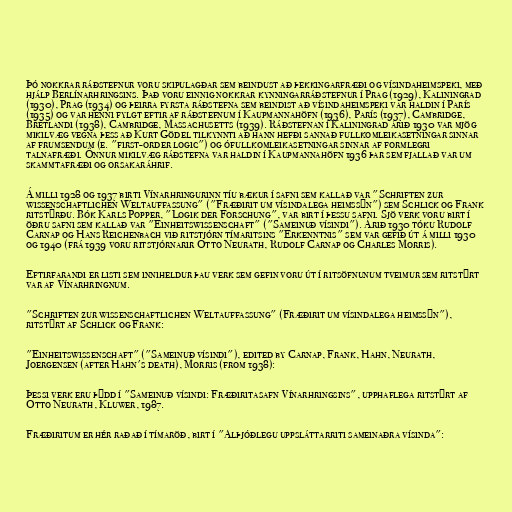
Þó nokkrar ráðstefnur voru skipulagðar sem beindust að þekkingarfræði og vísindaheimspeki, með
hjálp Berlínarhringsins. Það voru einnig nokkrar kynningarráðstefnur í Prag (1929), Kaliningrad
(1930), Prag (1934) og þeirra fyrsta ráðstefna sem beindist að vísindaheimspeki var haldin í París
(1935) og var henni fylgt eftir af ráðstefnum í Kaupmannahöfn (1936), París (1937), Cambridge,
Bretlandi (1938), Cambridge, Massachusetts (1939). Ráðstefnan í Kaliningrad árið 1930 var mjög
mikilvæg vegna þess að Kurt Gödel tilkynnti að hann hefði sannað fullkomleikasetningar sinnar
af frumsendum (e. "first-order logic") og ófullkomleikasetningar sinnar af formlegri
talnafræði. Önnur mikilvæg ráðstefna var haldin í Kaupmannahöfn 1936 þar sem fjallað var um
skammtafræði og orsakaráhrif.

Á milli 1928 og 1937 birti Vínarhringurinn tíu bækur í safni sem kallað var "Schriften zur
wissenschaftlichen Weltauffassung" ("Fræðirit um vísindalega heimssýn") sem Schlick og Frank
ritstýrðu. Bók Karls Popper, "Logik der Forschung", var birt í þessu safni. Sjö verk voru birt í
öðru safni sem kallað var "Einheitswissenschaft" ("Sameinuð vísindi"). Árið 1930 tóku Rudolf
Carnap og Hans Reichenbach við ritstjórn tímaritsins "Erkenntnis" sem var gefið út á milli 1930
og 1940 (frá 1939 voru ritstjórnarir Otto Neurath, Rudolf Carnap og Charles Morris).

Eftirfarandi er listi sem inniheldur þau verk sem gefin voru út í ritsöfnunum tveimur sem ritstýrt
var af Vínarhringnum.

"Schriften zur wissenschaftlichen Weltauffassung" (Fræðirit um vísindalega heimssýn"),
ritstýrt af Schlick og Frank:

"Einheitswissenschaft" ("Sameinuð vísindi"), edited by Carnap, Frank, Hahn, Neurath,
Joergensen (after Hahn's death), Morris (from 1938):

Þessi verk eru þýdd í "Sameinuð vísindi: Fræðiritasafn Vínarhringsins", upphaflega ritstýrt af
Otto Neurath, Kluwer, 1987.

Fræðiritum er hér raðað í tímaröð, birt í "Alþjóðlegu uppsláttarriti sameinaðra vísinda":